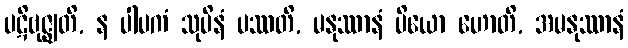
ပဋိဗုဇ္ဈတိ, န ပါပကံ သုပိနံ ပဿတိ, မနုဿာနံ ပိယော ဟောတိ, အမနုဿာနံ